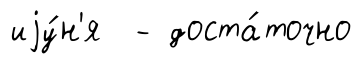
иjу́н'я - доста́точно